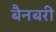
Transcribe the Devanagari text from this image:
बैनबरी